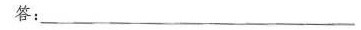
答：___